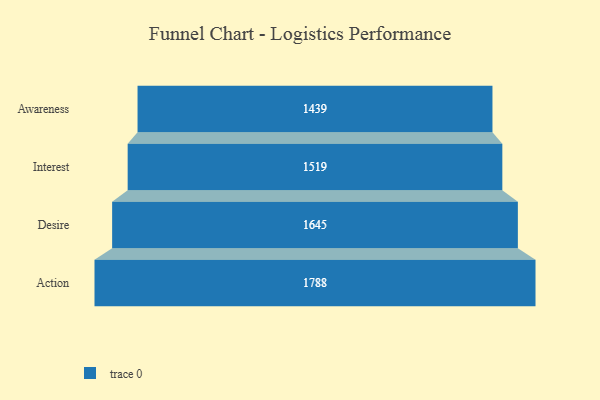
{"axis": {"x": "Stage", "y": "Value"}, "legend": [""], "data": [{"x": "Awareness", "y": 1439.0, "type": ""}, {"x": "Interest", "y": 1519.0, "type": ""}, {"x": "Desire", "y": 1645.0, "type": ""}, {"x": "Action", "y": 1788.0, "type": ""}]}